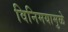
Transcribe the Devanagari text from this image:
विनिमयामुळे